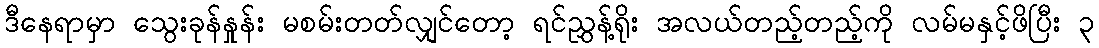
ဒီနေရာမှာ သွေးခုန်နှုန်း မစမ်းတတ်လျှင်တော့ ရင်ညွှန့်ရိုး အလယ်တည့်တည့်ကို လမ်မနှင့်ဖိပြီး ၃